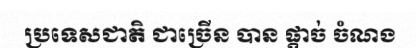
ប្រទេសជាតិ ជាច្រើន បាន ផ្តាច់ ចំណង